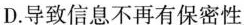
D.导致信息不再有保密性